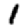
Digit: 1